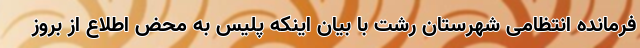
فرمانده انتظامی شهرستان رشت با بیان اینکه پلیس به محض اطلاع از بروز